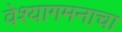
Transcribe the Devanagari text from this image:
वेश्यागमनाचा